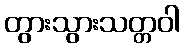
တွားသွားသတ္တဝါ